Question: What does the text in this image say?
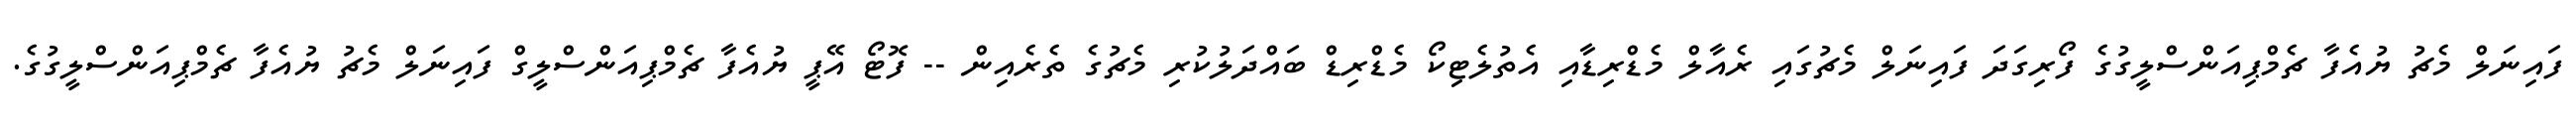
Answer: ފައިނަލް މެޗު ޔުއެފާ ޗެމްޕިއަންސްލީގުގެ ފޯރިގަދަ ފައިނަލް މެޗުގައި ރެއާލް މެޑްރިޑާއި އެތުލެޓިކޯ މެޑްރިޑް ބައްދަލުކުރި މެޗުގެ ތެރެއިން -- ފޮޓޯ އޭޕީ ޔުއެފާ ޗެމްޕިއަންސްލީގް ފައިނަލް މެޗު ޔުއެފާ ޗެމްޕިއަންސްލީގުގެ.